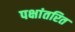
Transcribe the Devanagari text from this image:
पक्षांतरित